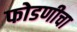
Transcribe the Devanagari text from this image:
फोडणीचा